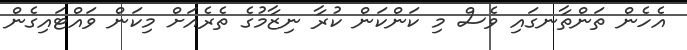
އެހެން ތަންތާނގައި ވެސް މި ކަންކަން ކުރާ ނިޒާމުގެ ތެރެއަށް މިކަން ވައްޓައިގެން